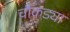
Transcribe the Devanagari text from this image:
चौकड्या